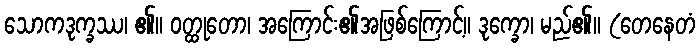
သောကဒုက္ခဿ၊ ၏။ ဝတ္ထုတော၊ အကြောင်း၏အဖြစ်ကြောင့်။ ဒုက္ခော၊ မည်၏။ (တေနေတံ